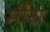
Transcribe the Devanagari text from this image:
मींय